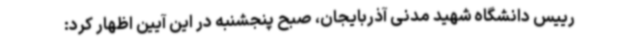
رییس دانشگاه شهید مدنی آذربایجان، صبح پنجشنبه در این آیین اظهار کرد: